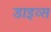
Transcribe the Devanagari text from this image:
डाइव्स